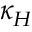
\kappa _ { H }